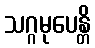
သဂ္ဂမုပေန္တိ